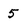
Character: 5